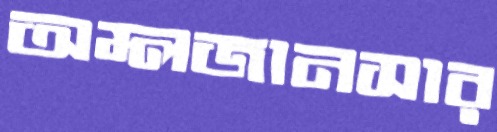
অম্লজানসার